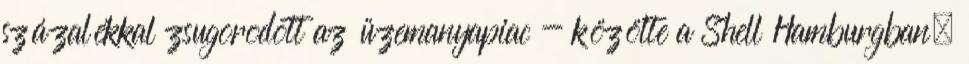
százalékkal zsugorodott az üzemanyapiac - közölte a Shell Hamburgban.